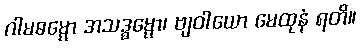
ဂါမဓမ္မော အသဒ္ဓမ္မော၊ ဗျဝါယော မေထုနံ ရတိ။